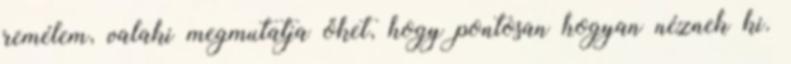
remélem, valaki megmutatja őket, hogy pontosan hogyan néznek ki.